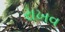
રાખવ